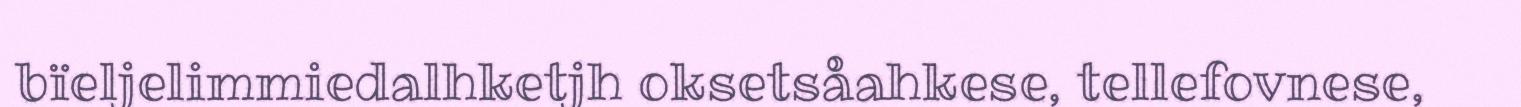
bïeljelimmiedalhketjh oksetsåahkese, tellefovnese,